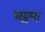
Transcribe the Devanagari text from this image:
चट्टना